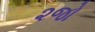
૨જો